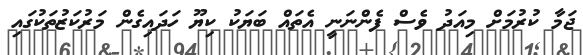
ޖަމާ ކުރުމަށް މިއަދު ވެސް ފެންނަނީ އެތައް ބަޔަކު ކިޔޫ ހަދައިގެން މަރުކަޒުތަކުގައި